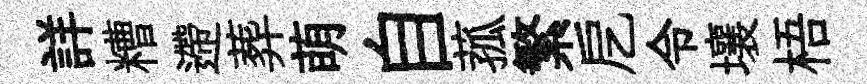
詳糟遰葬萌自菰繁戹令壤梧